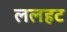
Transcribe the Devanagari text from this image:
ललहट